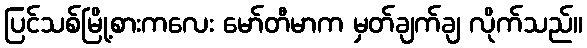
ပြင်သစ်မြို့စားကလေး မော်တီမာက မှတ်ချက်ချ လိုက်သည်။